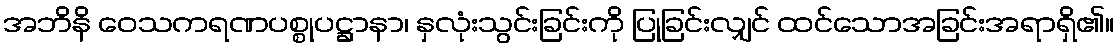
အဘိနိ ဝေသကရဏပစ္စုပဋ္ဌာနာ၊ နှလုံးသွင်းခြင်းကို ပြုခြင်းလျှင် ထင်သောအခြင်းအရာရှိ၏။